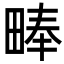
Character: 𪽙